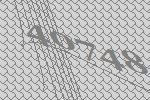
40748